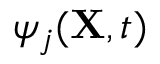
\psi _ { j } ( { \bf X } , t )